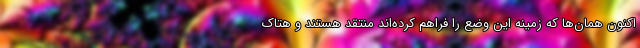
اکنون همان‌ها که زمینه این وضع را فراهم کرده‌اند منتقد هستند و هتاک